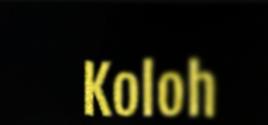
Koloh